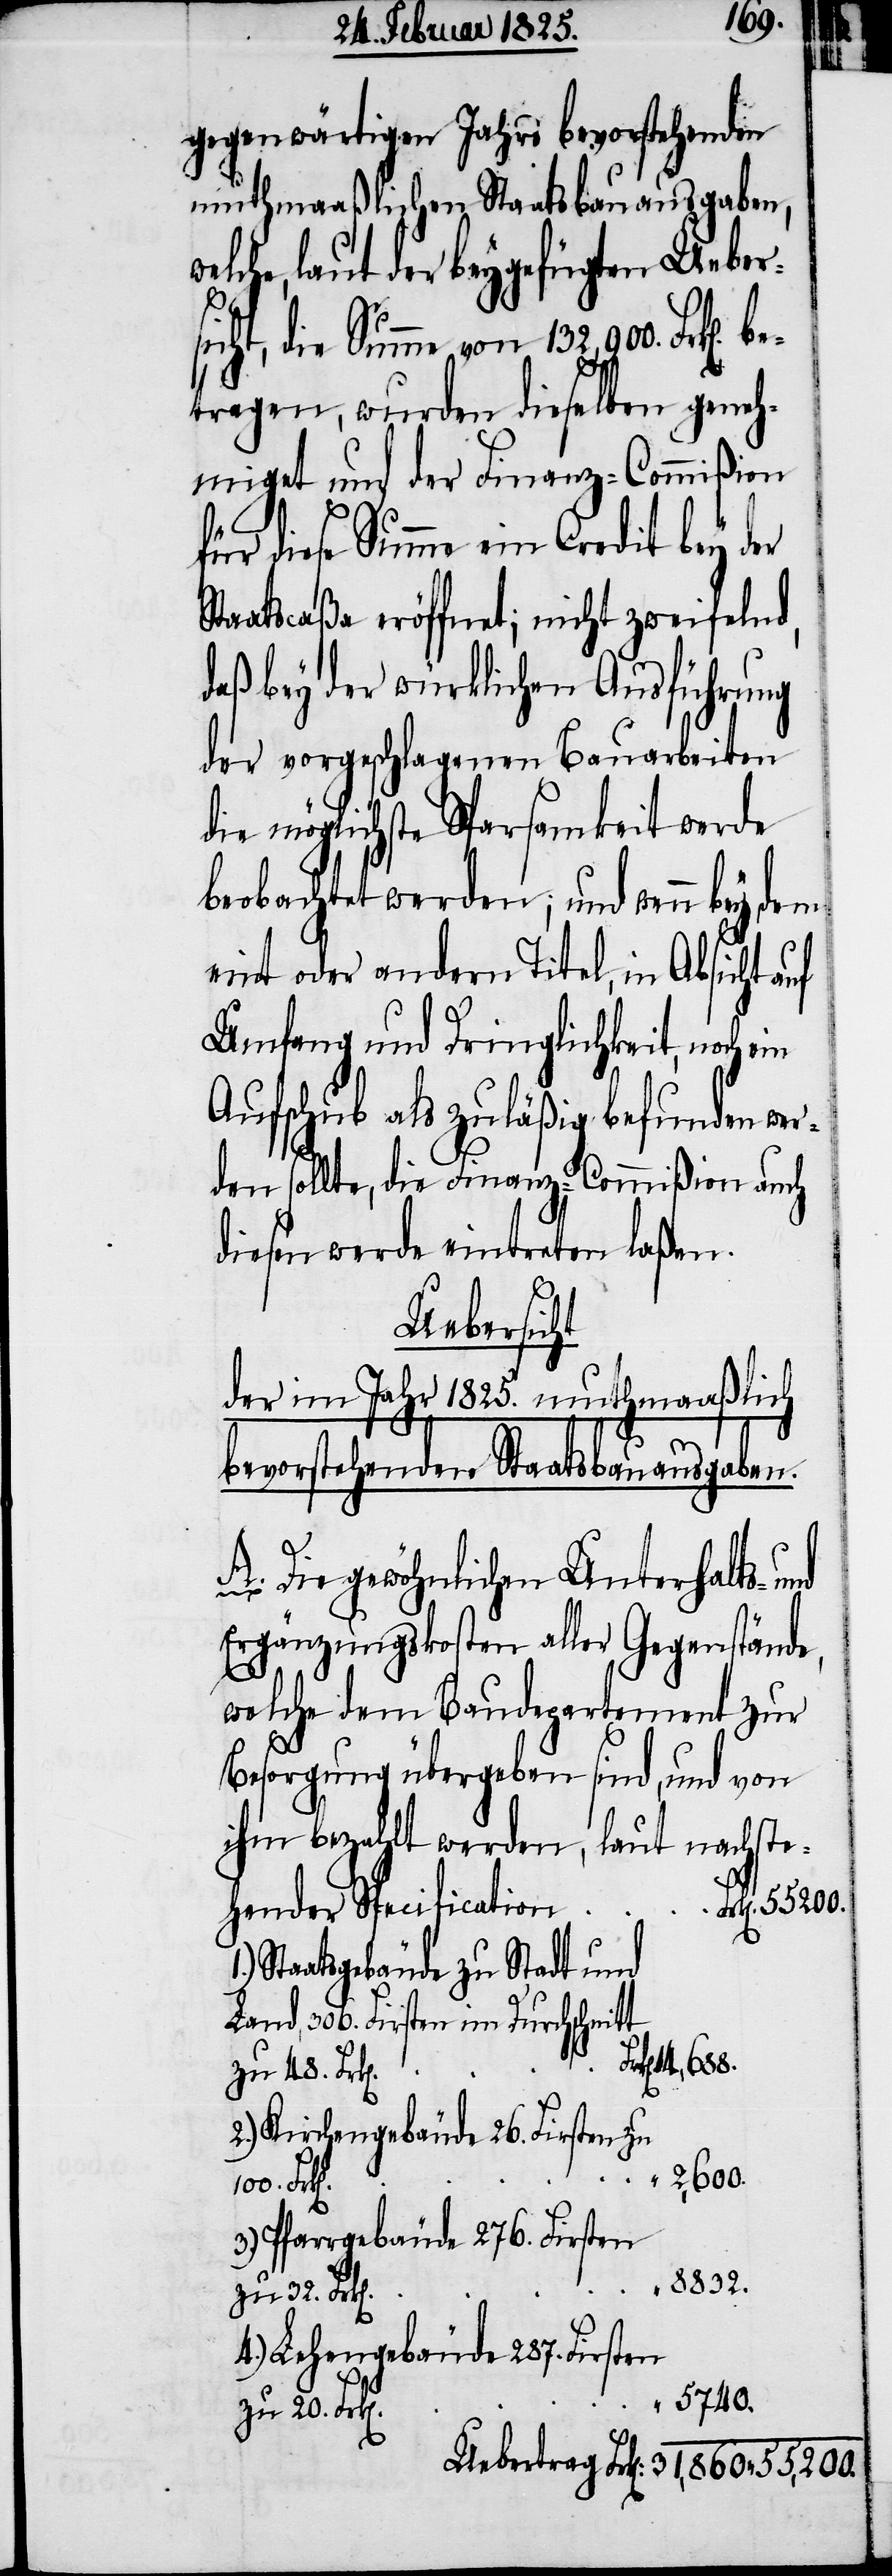
100.
gegenwärtigen Jahrs bevorstehenden
muthmaaßlichen Staatsbauausgaben,
e, laut der beygefügten Uebers¬
icht, die Summe von 132,900. Frk[e¬
tragen, wurden dieselben geneh¬
miget und der Finanz-Commißion
für diese Summe ein Credit bey der
Staatscaßa eröffnet; nicht zweifelnd,
daß bey der würklichen Ausführung
der vorgeschlagenen Bauarbeiten
die möglichste Sparsamkeit werde
beobachtet werden; und wenn bey
eint oder andern Titel, in Absicht auf
Umfang und Dringlichkeit, noch
Aufschub als zuläßig befunden wer¬
den sollte, die Finanz-Commißion auch
diesen werde eintreten laßen.
Uebertrag
der im Jahr 1825. muthmaaßlich
bevorstehenden Staatsbauausgaben.
A. Die gewöhnlichen Unterhalts- und
Ergänzungskosten aller Gegenstände,
welche dem Baudepartement zur
Besorgung übergeben sind, und von
ihm bezahlt werden, laut nachste¬
hender Specification
„
Staatsgebäude zu Stadt und
Land, 306. Firsten im Durchschnitt
zu 20. Frk[e¬
n].
2.) Kirchengebäude 26. Firsten zu
2,600.
welch¬
3.) Pfarrgebäude 276. Firsten
8832.
zu 32. Frk[e¬
n].
4.) Lehengebäude 287. Firsten
5740.